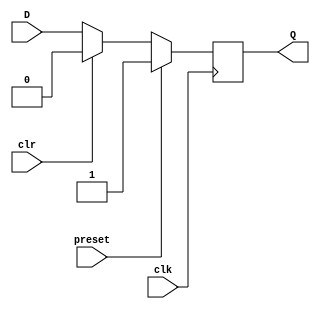
module dff(D, clk, Q, preset, clr);
input D, preset, clk, clr;
output Q;
reg Q;
always @(posedge clk)
	if (preset) begin
		Q = 1;
	end
    else if (clr) begin
        Q = 0;
    end
	else begin
		Q = D;
	end
endmodule

module ring_counter(start, clk, Q);
input start, clk;
output [3:0] Q;
wire preset, clr;
assign preset=~start;
assign clr=~start;
dff i1(Q[0], clk, Q[3], preset, 1'b0);
dff i2(Q[3], clk, Q[2], 1'b0, clr);
dff i3(Q[2], clk, Q[1], 1'b0, clr);
dff i4(Q[1], clk, Q[0], 1'b0, clr);
endmodule

module ring_counter_tb;
reg start, clk;
wire [3:0] Q;
ring_counter i(start, clk, Q);
always #5 clk = ~clk;
initial 
begin
	clk=1'b0; start=1'b0;
	$monitor("Time:%f, clk=%b, Q=%4b", $time, clk, Q);
	#10 start=1'b1;
	#100 $finish;
end
endmodule